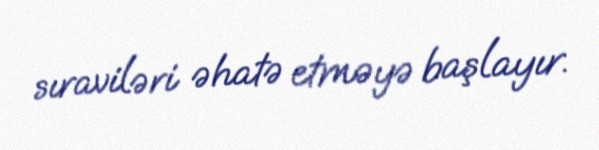
sıraviləri əhatə etməyə başlayır.